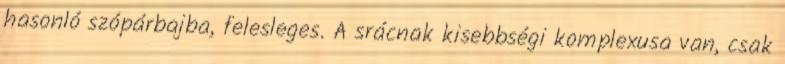
hasonló szópárbajba, felesleges. A srácnak kisebbségi komplexusa van, csak